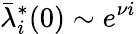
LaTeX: \bar{\lambda}_{i}^{*}(0)\sim e^{\nu i}